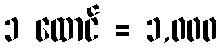
၁ ထောင် = ၁,၀၀၀